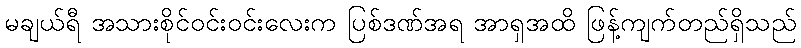
မချယ်ရီ အသားစိုင်ဝင်းဝင်းလေးက ပြစ်ဒဏ်အရ အာရှအထိ ဖြန့်ကျက်တည်ရှိသည်